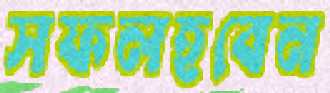
সফলহবেন